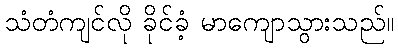
သံတံကျင်လို ခိုင်ခံ့ မာကျောသွားသည်။